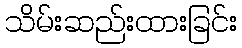
သိမ်းဆည်းထားခြင်း